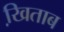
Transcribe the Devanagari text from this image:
खि़ताब